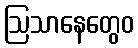
ဩသာနေတွေဝ